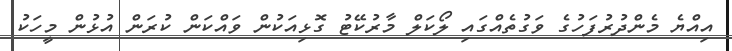
އިއްޔެ މެންދުރުފަހުގެ ވަގުތެއްގައި ލޯކަލް މާރުކޭޓު ގޮޅިއަކުން ވައްކަން ކުރަން އުޅުން މީހަކު